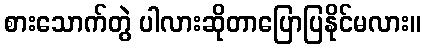
စားသောက်တွဲ ပါလားဆိုတာပြောပြနိုင်မလား။